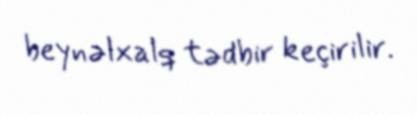
beynəlxalq tədbir keçirilir.